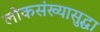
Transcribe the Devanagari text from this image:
लोकसंख्यासुद्धा